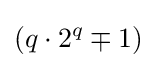
(q\cdot {2^{q}}\mp 1)